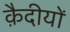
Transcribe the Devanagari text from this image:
क़ैदीयों